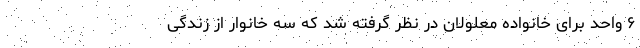
۶ واحد برای خانواده معلولان در نظر گرفته شد که سه خانوار از زندگی